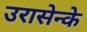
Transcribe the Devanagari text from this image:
उरासेन्के